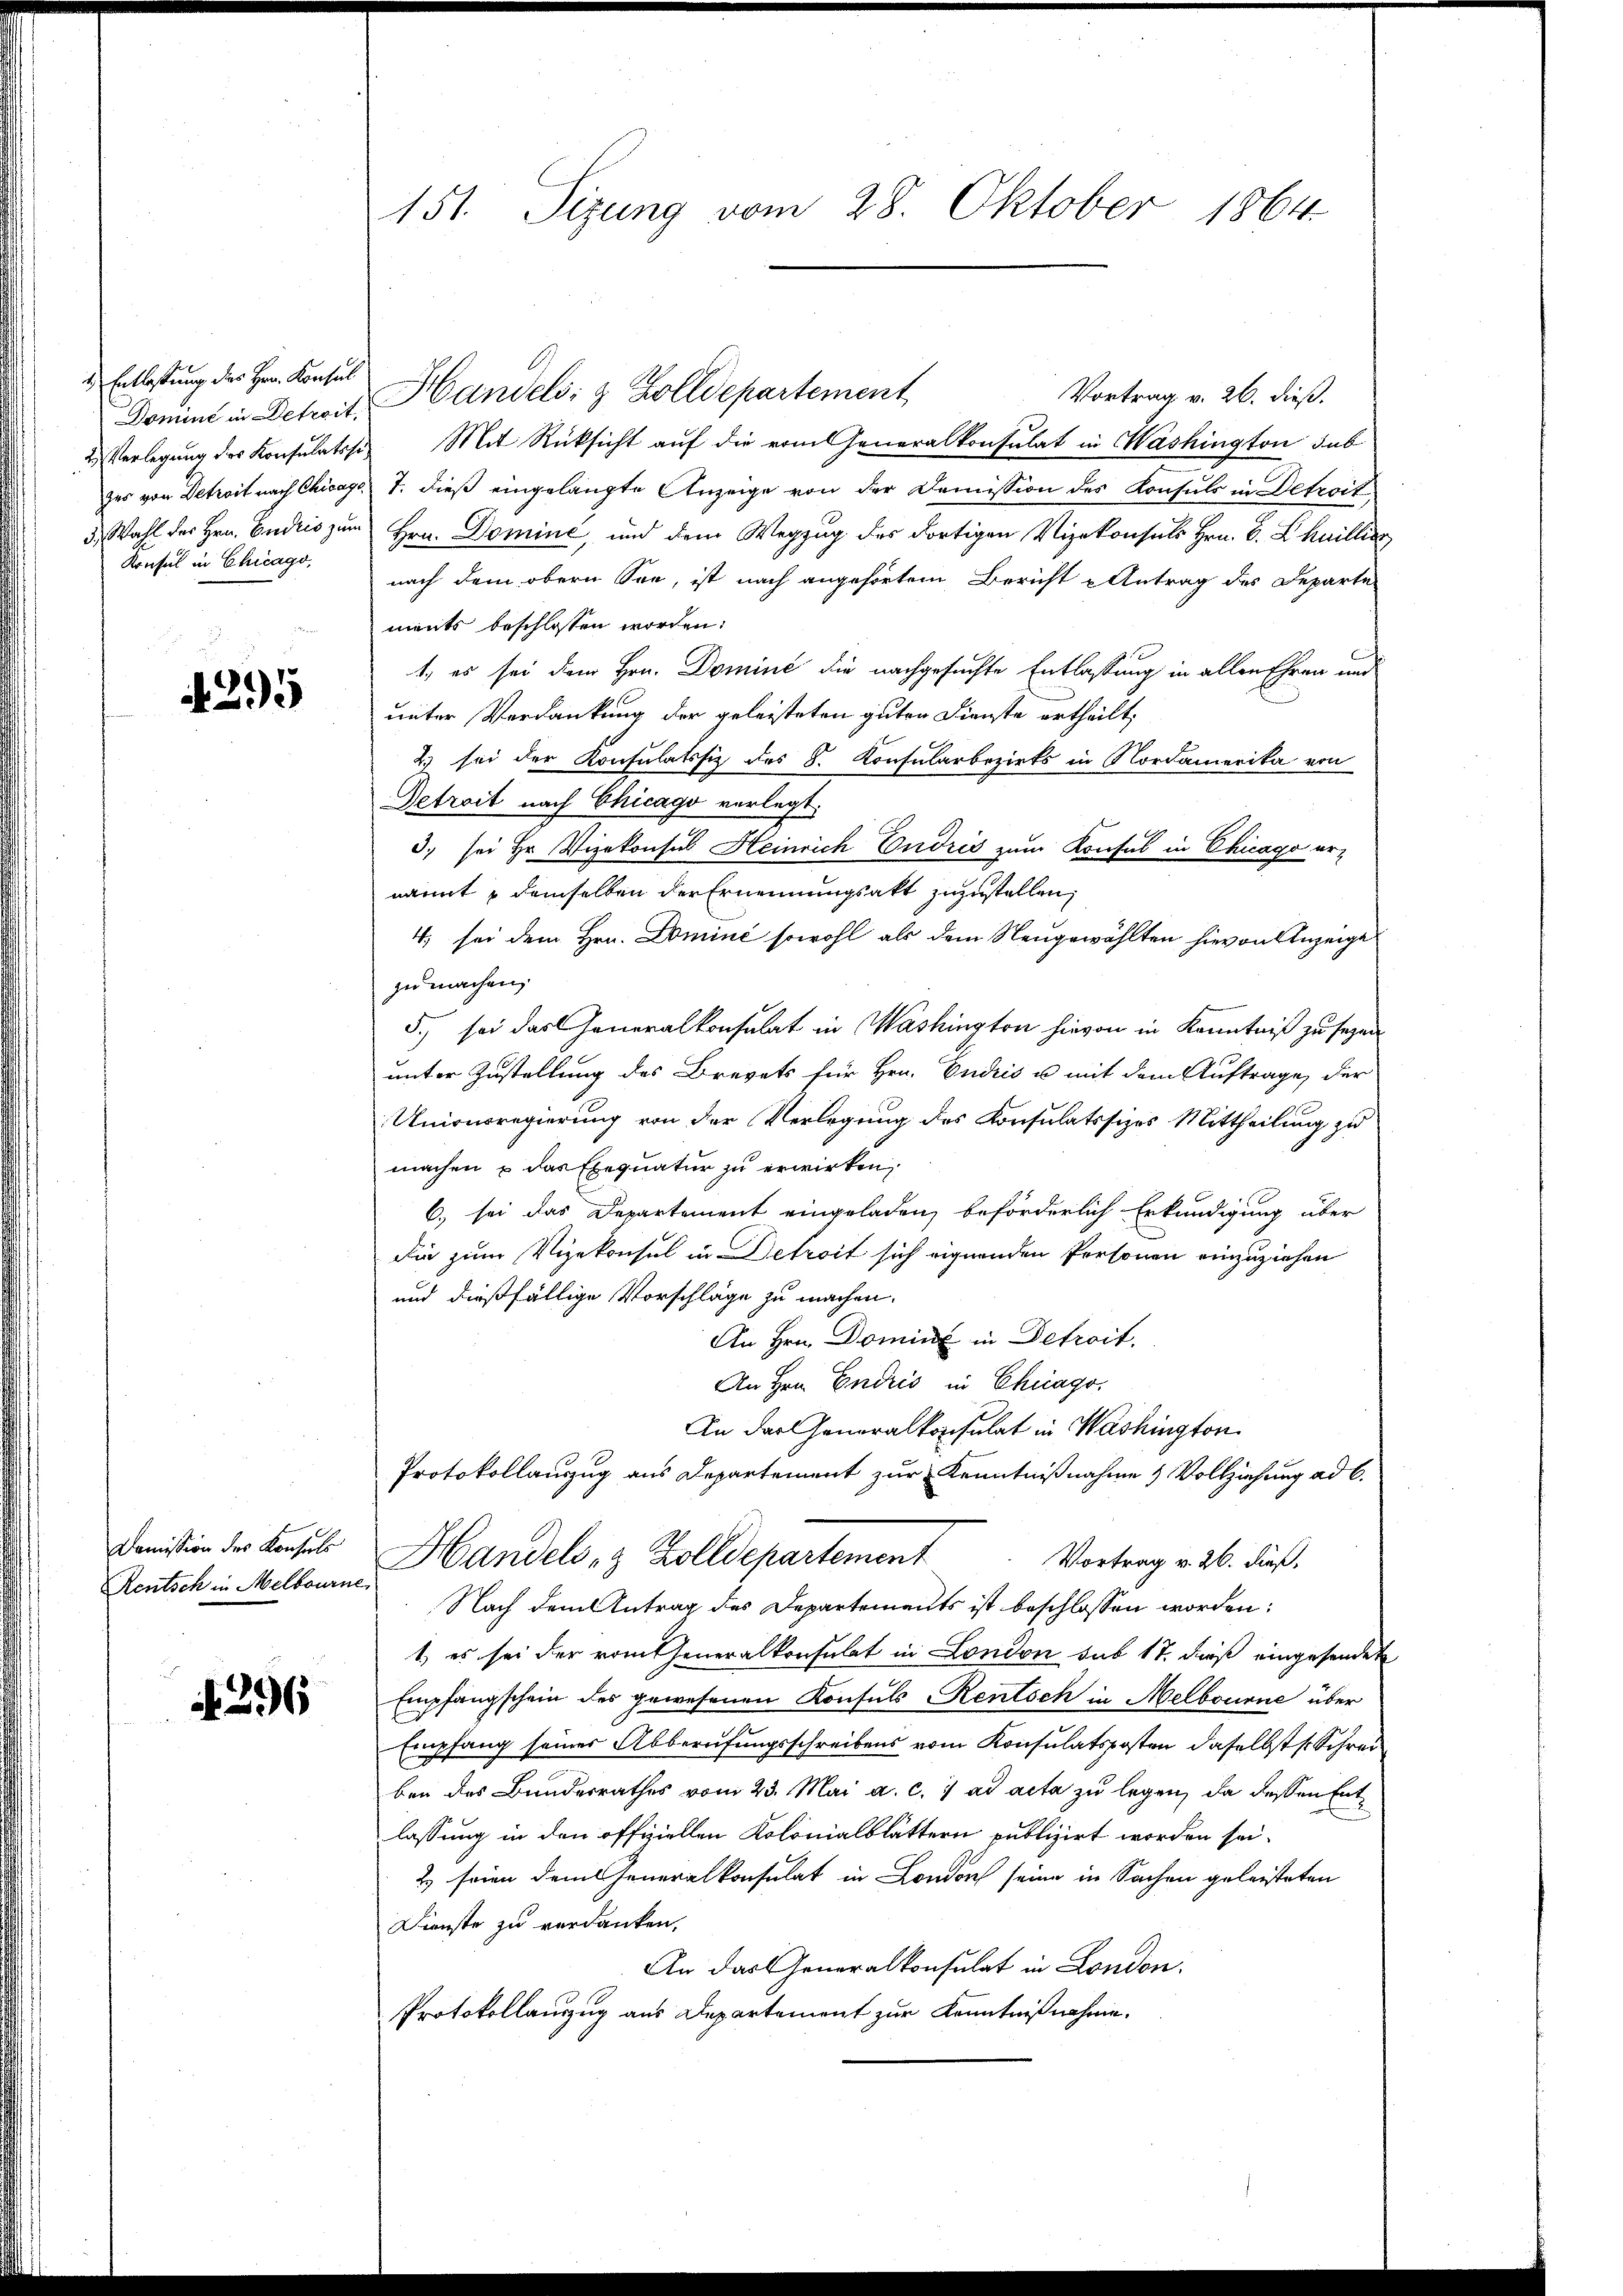
Entlastung der Herr Konsul
Domine in Detrait,
2. Verlegung des Konsulatssi
zes von Detroit nach Chicage
3.) Wahl des Hrn. Endris zum
Konsul in Chicago,

. 395

Damission des Konsuls
Rentsch in Melbourne

A 296

151. Sizung vom 28. Oktober 1864

Handels- & Zolldepartement
Vortrag v. 26. dieß.
Mit Rücksicht auf die vom Generalkonsulat in Washington sub
7. dieß eingelangte Anzeige von der Demission des Konsuls in Detroit,
Hrn. Domine, und dem Wegzug des dortigen Vizekonsuls Hrn. B. Chaillis,
nach dem obern See, ist nach angehörtem Bericht u Antrag des Departe
ments beschlossen worden.
1. es sei dem Hrn. Domine die nachgesuchte Entlassung in allen Ehren und
unter Verdankung der geleisteten guten Dienste ertheilt,
2) sei der Konsulatssiz des S. Konsularbezirks in Nordamerika von
Detrait nach Chicago verlegt.
3. sei Hr. Vizekonsul Heinrich Endris zum Konsul in Chicago ernannt demselben der Ernennungsakt zuzustellen,
4, sei dem Hrn. Dominé sowohl als dem Neugewählten hievon Anzeige
zu machen,
5. sei das Generalkonsulat in Washington hievon in Kenntniß zu seyen
unter Zustellung des Brevets für Hrn. Endiis u mit dem Auftrage, der
Unionsregierung von der Verlegung des Konsulatssizes Mittheilung zu
machen u das Exequatur zu erwirken,
6.) sei das Departement eingeladen, beförderlich Erkundigung über
die zum Vizekonsul in Detroit sich eignenden Personen einzuziehen
und dießfällige Vorschläge zu machen.
An Hrn. Domint in Detroit.
An Hrn. Endris in Chicago,
An der Generalkonsulat in Washington
Protokollauszug aus Departement zur Kenntnißnahme 1 Vollziehung ad 6.
Handels- & Zolldepartement
Vortrag v. 26. dieß,
Nach dem Antrag des Departements ist beschlossen worden:
1) es sei der romtheneralkonsulat in London sub 17. daß eingesendet
Empfangschein des gewesenen Konsuls Rentsch in Melbourne über
Empfang seines Abberufungsschreibens vom Konsulatsposten daselbst s. Schreiben des Bundesrathes vom 23. Mai a. c. 1 ad acta zu legen, da dessen Entlassung in den offiziellen Kolonialblättern publizirt worden sei.
2) seien dem Generalkonsulat in London seine in Sachen geleisteten
Dienste zu verdanken,
An das Generalkonsulat in London.
Protokollauszug aus Departement zur Kenntnißnahme.